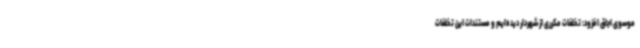
موسوی اجاق افزود: تخلفات مکرری از شهردار دیده‌ایم و مستندات این تخلفات